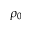
\rho _ { 0 }